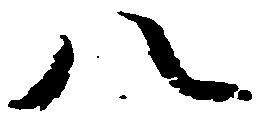
八